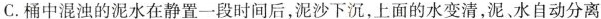
C.桶中混浊的泥水在静置一段时间后，泥沙下沉，上面的水变清，泥、水自动分离